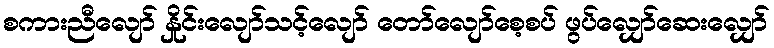
စကားညီလျော် နှိုင်းလျော်သင့်လျော် တော်လျော်စေ့စပ် ဖွပ်လျှော်ဆေးလျှော်